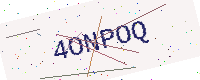
Text: 4ONPOQ